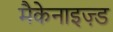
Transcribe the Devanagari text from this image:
मैकेनाइज़्ड